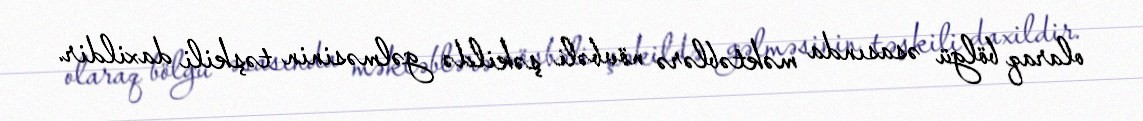
olaraq bölgü əsasında məktəblərə növbəli şəkildə gəlməsinin təşkili daxildir.